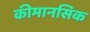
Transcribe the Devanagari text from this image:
कीमानसिक